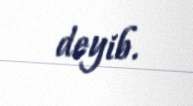
deyib.